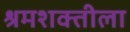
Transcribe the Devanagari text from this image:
श्रमशक्तीला